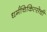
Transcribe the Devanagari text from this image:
धर्मचिकित्सेची